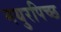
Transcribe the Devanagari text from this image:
मयुरपिच्छ